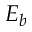
E _ { b }